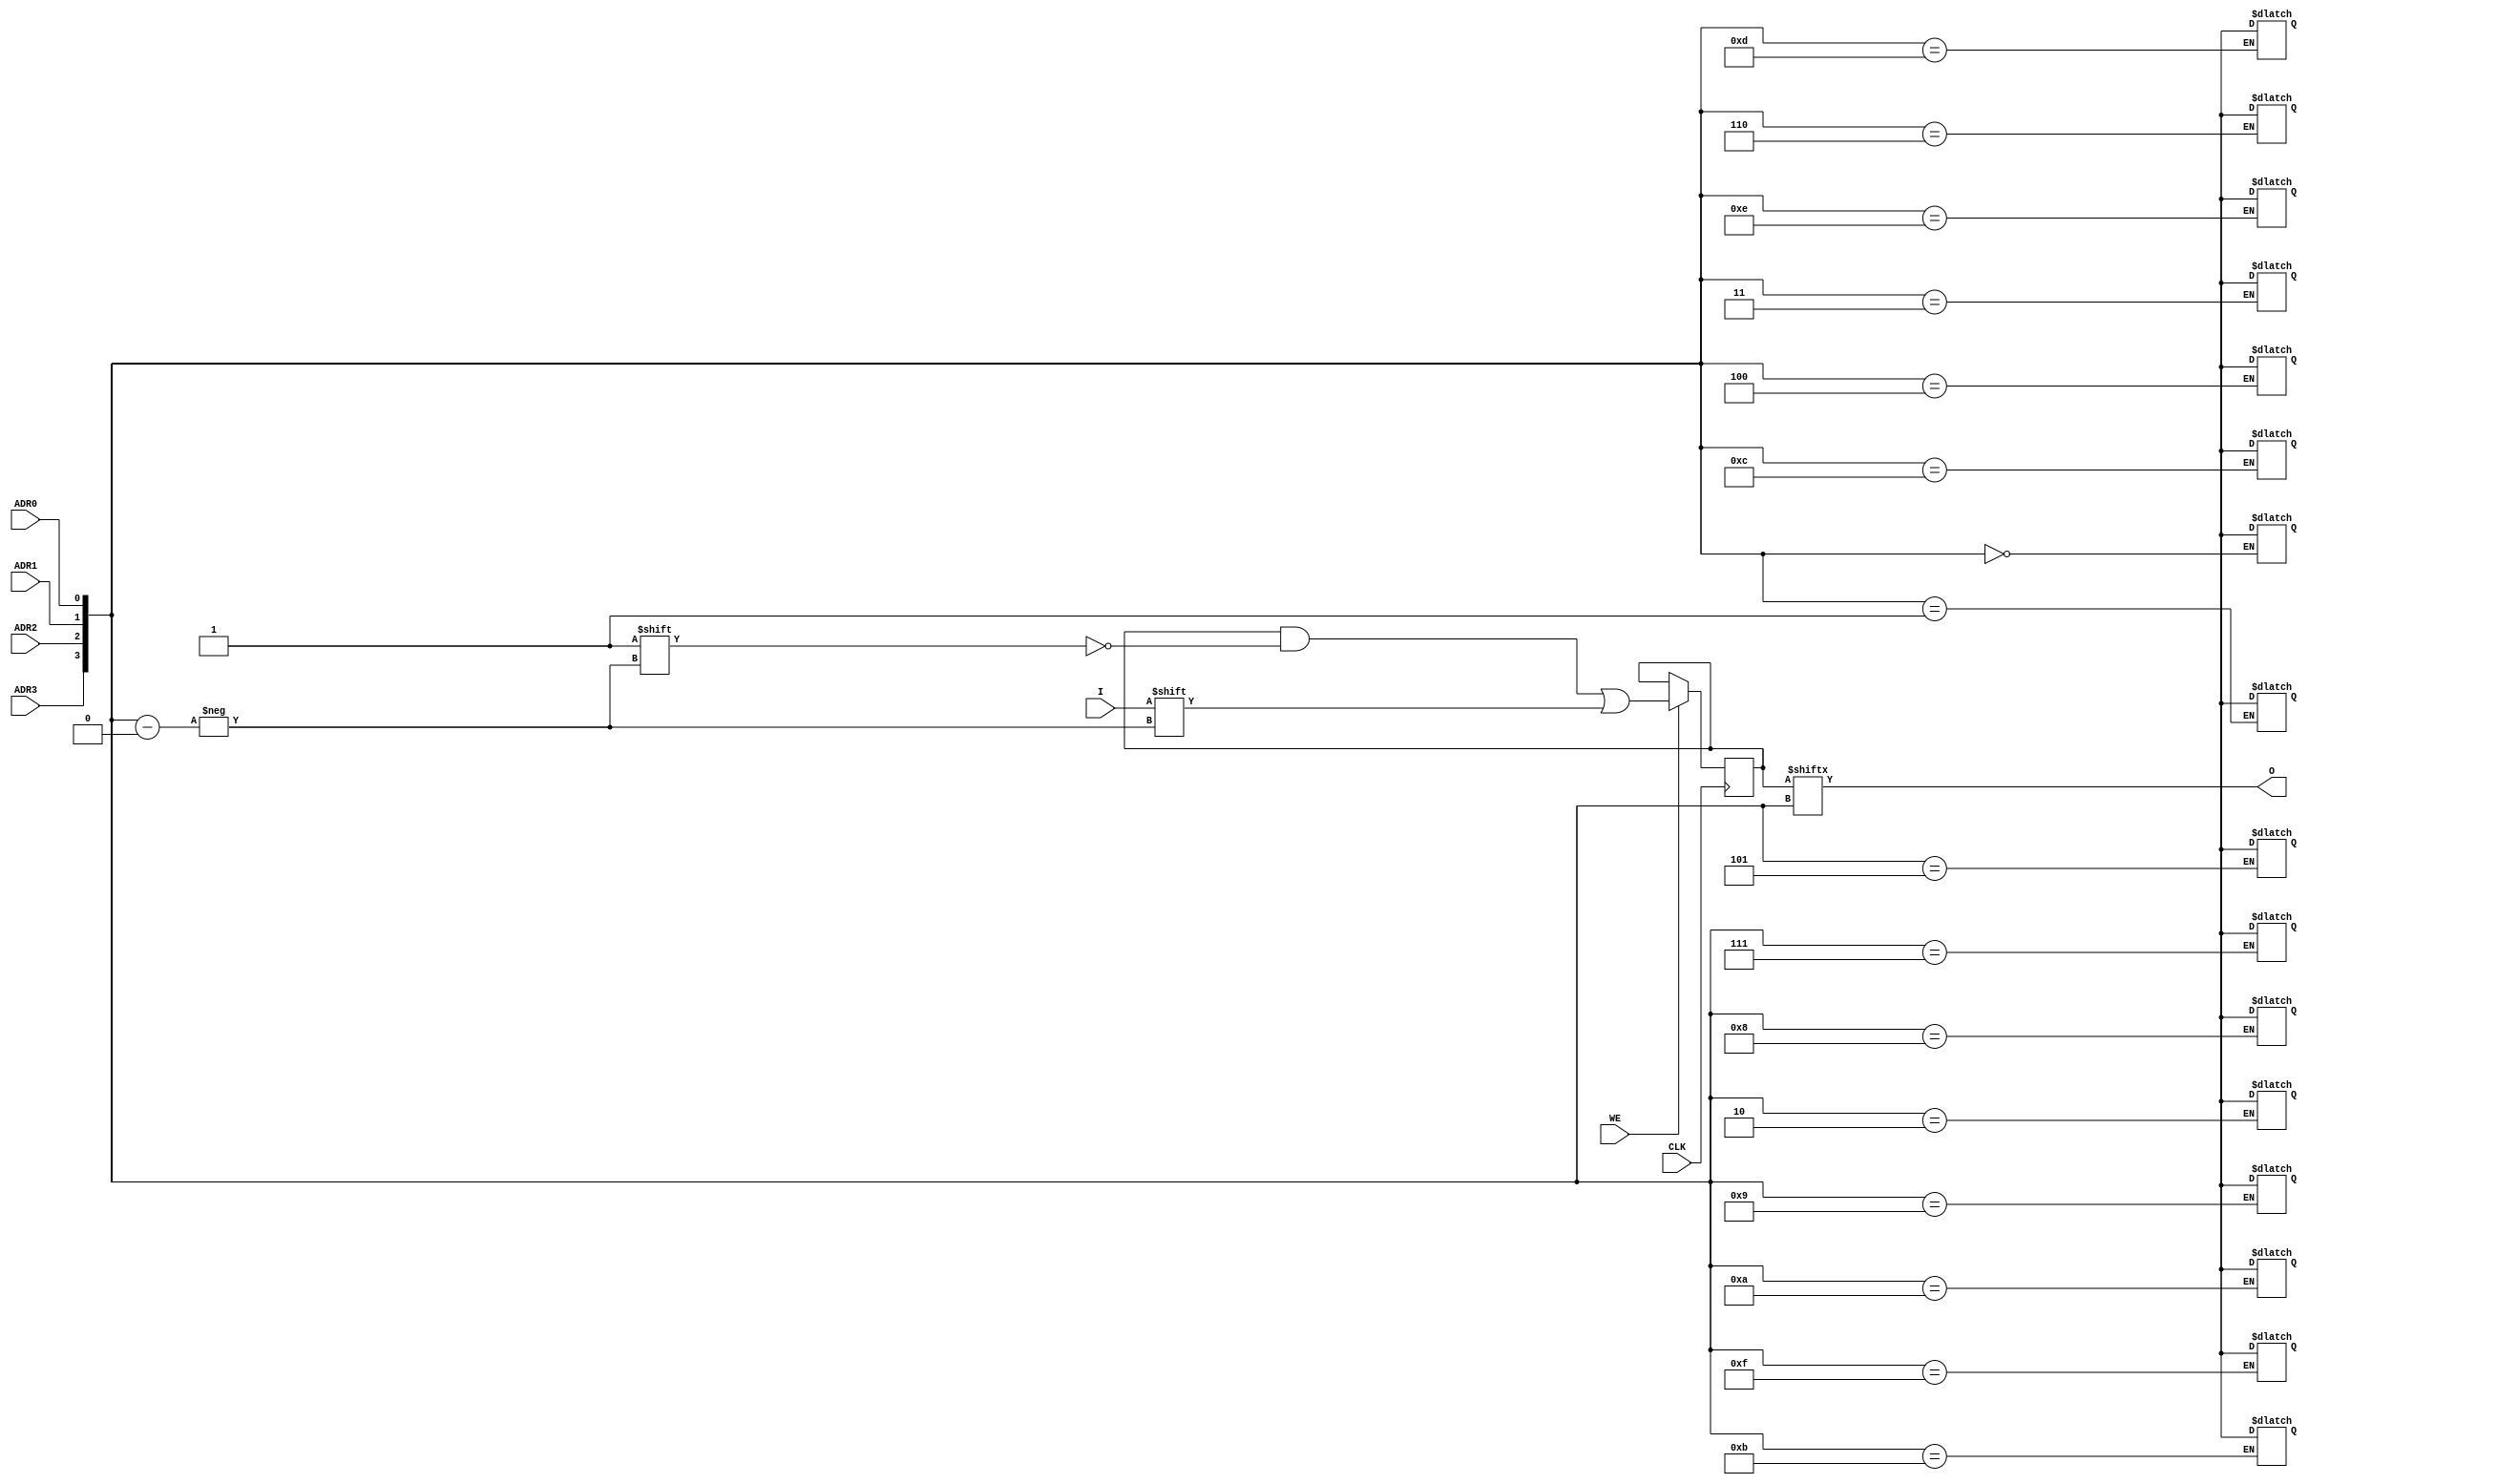
module X_RAMS16 (O, ADR0, ADR1, ADR2, ADR3, CLK, I, WE);

  parameter INIT = 16'h0000;

  output O;

  input ADR0, ADR1, ADR2, ADR3, CLK, I, WE;

  reg [15:0] mem;
  wire [3:0] adr;

  wire in, we, clk;
  reg o_out;
  reg notifier;

  buf b1 (in, I);
  buf b2 (clk, CLK);
  buf b3 (we ,WE);
  buf b4 (adr[3],ADR3);
  buf b5 (adr[2],ADR2);
  buf b6 (adr[1],ADR1);
  buf b7 (adr[0],ADR0);
  buf b8 (O, o_out);

  initial begin
    mem <= INIT;
  end

  always @(posedge clk) begin
    if (we == 1'b1)
      mem[adr] <= in;
  end

  always @(mem or adr) begin
    o_out <= mem[adr];
  end

  always @(notifier) begin
    mem[adr] <= 1'bx;
  end

  specify

	(CLK => O) = (0:0:0, 0:0:0);
	(ADR0 => O) = (0:0:0, 0:0:0);
	(ADR1 => O) = (0:0:0, 0:0:0);
	(ADR2 => O) = (0:0:0, 0:0:0);
	(ADR3 => O) = (0:0:0, 0:0:0);

	$setuphold (posedge CLK, posedge I &&& WE, 0:0:0, 0:0:0, notifier);
	$setuphold (posedge CLK, negedge I &&& WE, 0:0:0, 0:0:0, notifier);
	$setuphold (posedge CLK, posedge ADR0 &&& WE, 0:0:0, 0:0:0, notifier);
	$setuphold (posedge CLK, negedge ADR0 &&& WE, 0:0:0, 0:0:0, notifier);
	$setuphold (posedge CLK, posedge ADR1 &&& WE, 0:0:0, 0:0:0, notifier);
	$setuphold (posedge CLK, negedge ADR1 &&& WE, 0:0:0, 0:0:0, notifier);
	$setuphold (posedge CLK, posedge ADR2 &&& WE, 0:0:0, 0:0:0, notifier);
	$setuphold (posedge CLK, negedge ADR2 &&& WE, 0:0:0, 0:0:0, notifier);
	$setuphold (posedge CLK, posedge ADR3 &&& WE, 0:0:0, 0:0:0, notifier);
	$setuphold (posedge CLK, negedge ADR3 &&& WE, 0:0:0, 0:0:0, notifier);
	$setuphold (posedge CLK, posedge WE, 0:0:0, 0:0:0, notifier);
	$setuphold (posedge CLK, negedge WE, 0:0:0, 0:0:0, notifier);

	$width (posedge CLK &&& WE, 0:0:0, 0, notifier);
	$width (negedge CLK &&& WE, 0:0:0, 0, notifier);

	specparam PATHPULSE$ = 0;

  endspecify

endmodule